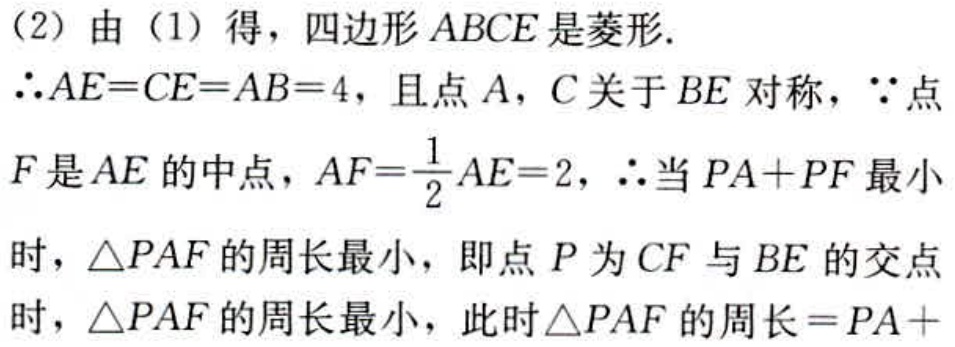
(2) 由 (1) 得，四边形 \(ABCE\) 是菱形.
\(\therefore AE = CE = AB = 4\)，且点 \(A\)，\(C\) 关于 \(BE\) 对称，\(\because\) 点
\(F\) 是 \(AE\) 的中点，\(AF=\frac{1}{2}AE = 2\)，\(\therefore\) 当 \(PA + PF\) 最小
时，\(\triangle PAF\) 的周长最小，即点 \(P\) 为 \(CF\) 与 \(BE\) 的交点
时，\(\triangle PAF\) 的周长最小，此时 \(\triangle PAF\) 的周长 \(=PA+\)